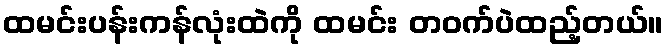
ထမင်းပန်းကန်လုံးထဲကို ထမင်း တဝက်ပဲထည့်တယ်။